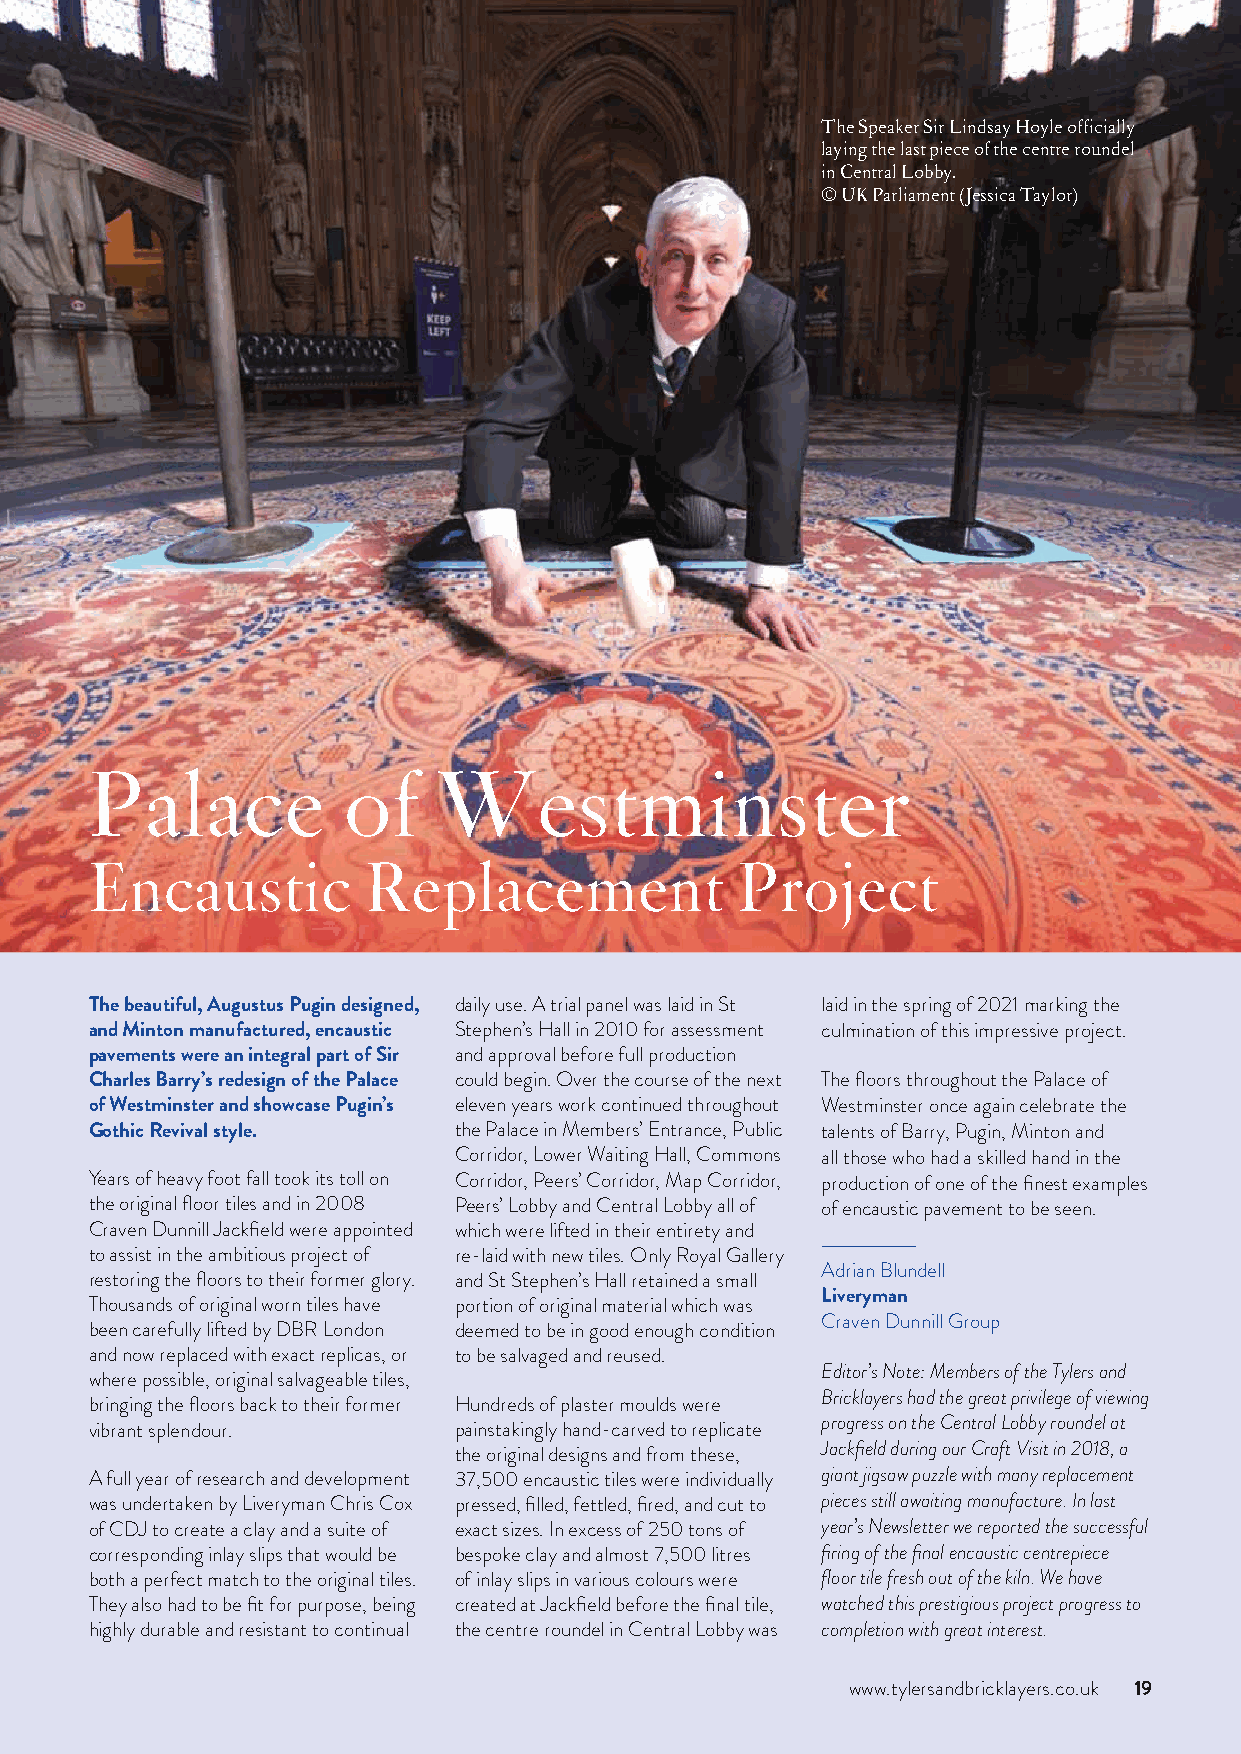
The Speaker Sir Lindsay Hoyle officially
 laying the last piece of the centre roundel
 in Central Lobby.
 © UK Parliament (Jessica Taylor)
 Palace           of    Westminster
 Encaustic         Replacement              Project
 The beautiful, Augustus Pugin designed, daily use. A trial panel was laid in St laid in the spring of 2021 marking the
 and Minton manufactured, encaustic Stephen’s Hall in 2010 for assessment culmination of this impressive project.
 pavements were an integral part of Sir and approval before full production
 Charles Barry’s redesign of the Palace could begin. Over the course of the next The floors throughout the Palace of
 of Westminster and showcase Pugin’s eleven years work continued throughout Westminster once again celebrate the
 Gothic Revival style.   the Palace in Members’ Entrance, Public talents of Barry, Pugin, Minton and
 Corridor, Lower Waiting Hall, Commons all those who had a skilled hand in the
 Years of heavy foot fall took its toll on Corridor, Peers’ Corridor, Map Corridor, production of one of the finest examples
 the original floor tiles and in 2008 Peers’ Lobby and Central Lobby all of of encaustic pavement to be seen.
 Craven Dunnill Jackfield were appointed which were lifted in their entirety and
 to assist in the ambitious project of re-laid with new tiles. Only Royal Gallery
 Adrian Blundell
 restoring the floors to their former glory. and St Stephen’s Hall retained a small
 Liveryman
 Thousands of original worn tiles have portion of original material which was
 Craven Dunnill Group
 been carefully lifted by DBR London deemed to be in good enough condition
 and now replaced with exact replicas, or to be salvaged and reused.
 Editor’s Note: Members of the Tylers and
 where possible, original salvageable tiles,
 Bricklayers had the great privilege of viewing
 bringing the floors back to their former Hundreds of plaster moulds were
 progress on the Central Lobby roundel at
 vibrant splendour.      painstakingly hand-carved to replicate
 the original designs and from these, Jackfield during our Craft Visit in 2018, a
 A full year of research and development 37,500 encaustic tiles were individually giant jigsaw puzzle with many replacement
 was undertaken by Liveryman Chris Cox pressed, filled, fettled, fired, and cut to pieces still awaiting manufacture. In last
 of CDJ to create a clay and a suite of exact sizes. In excess of 250 tons of year’s Newsletter we reported the successful
 corresponding inlay slips that would be bespoke clay and almost 7,500 litres firing of the final encaustic centrepiece
 both a perfect match to the original tiles. of inlay slips in various colours were floor tile fresh out of the kiln. We have
 They also had to be fit for purpose, being created at Jackfield before the final tile, watched this prestigious project progress to
 highly durable and resistant to continual the centre roundel in Central Lobby was completion with great interest.
 www.tylersandbricklayers.co.uk 19